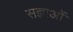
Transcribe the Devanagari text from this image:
सज्ञाओं